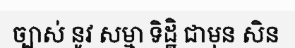
ច្បាស់ នូវ សម្មា ទិដ្ឋិ ជាមុន សិន